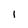
Character: 1